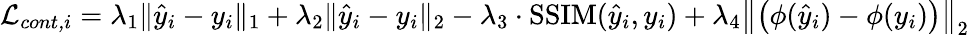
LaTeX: \mathcal{L}_{\textit{cont,i}}=\lambda_{1}\| \hat{y}_{i}-y_{i}\| _{1}+\lambda_{2}\| \hat{y}_{i}-y_{i}\| _{2}-\lambda_{3}\cdot\operatorname{SSIM}(\hat{y}_{i},y_{i})+\lambda_{4}\left\| \left(\phi(\hat{y}_{i})-\phi(y_{i})\right)\right\| _{2}